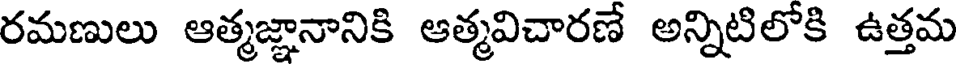
రమణులు ఆత్మజ్ఞానానికి ఆత్మవిచారణే అన్నిటిలోకి ఉత్తమ